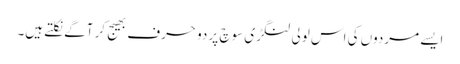
ایسے مردوں کی اس لولی لنگڑی سوچ پر دو حرف بھیج کر آگے نکلتے ہیں۔